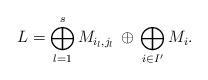
LaTeX: \begin{align*}L= \bigoplus_{l=1}^s M_{i_l,j_l}\, \oplus\, \bigoplus_{i\in I'} M_i.\end{align*}